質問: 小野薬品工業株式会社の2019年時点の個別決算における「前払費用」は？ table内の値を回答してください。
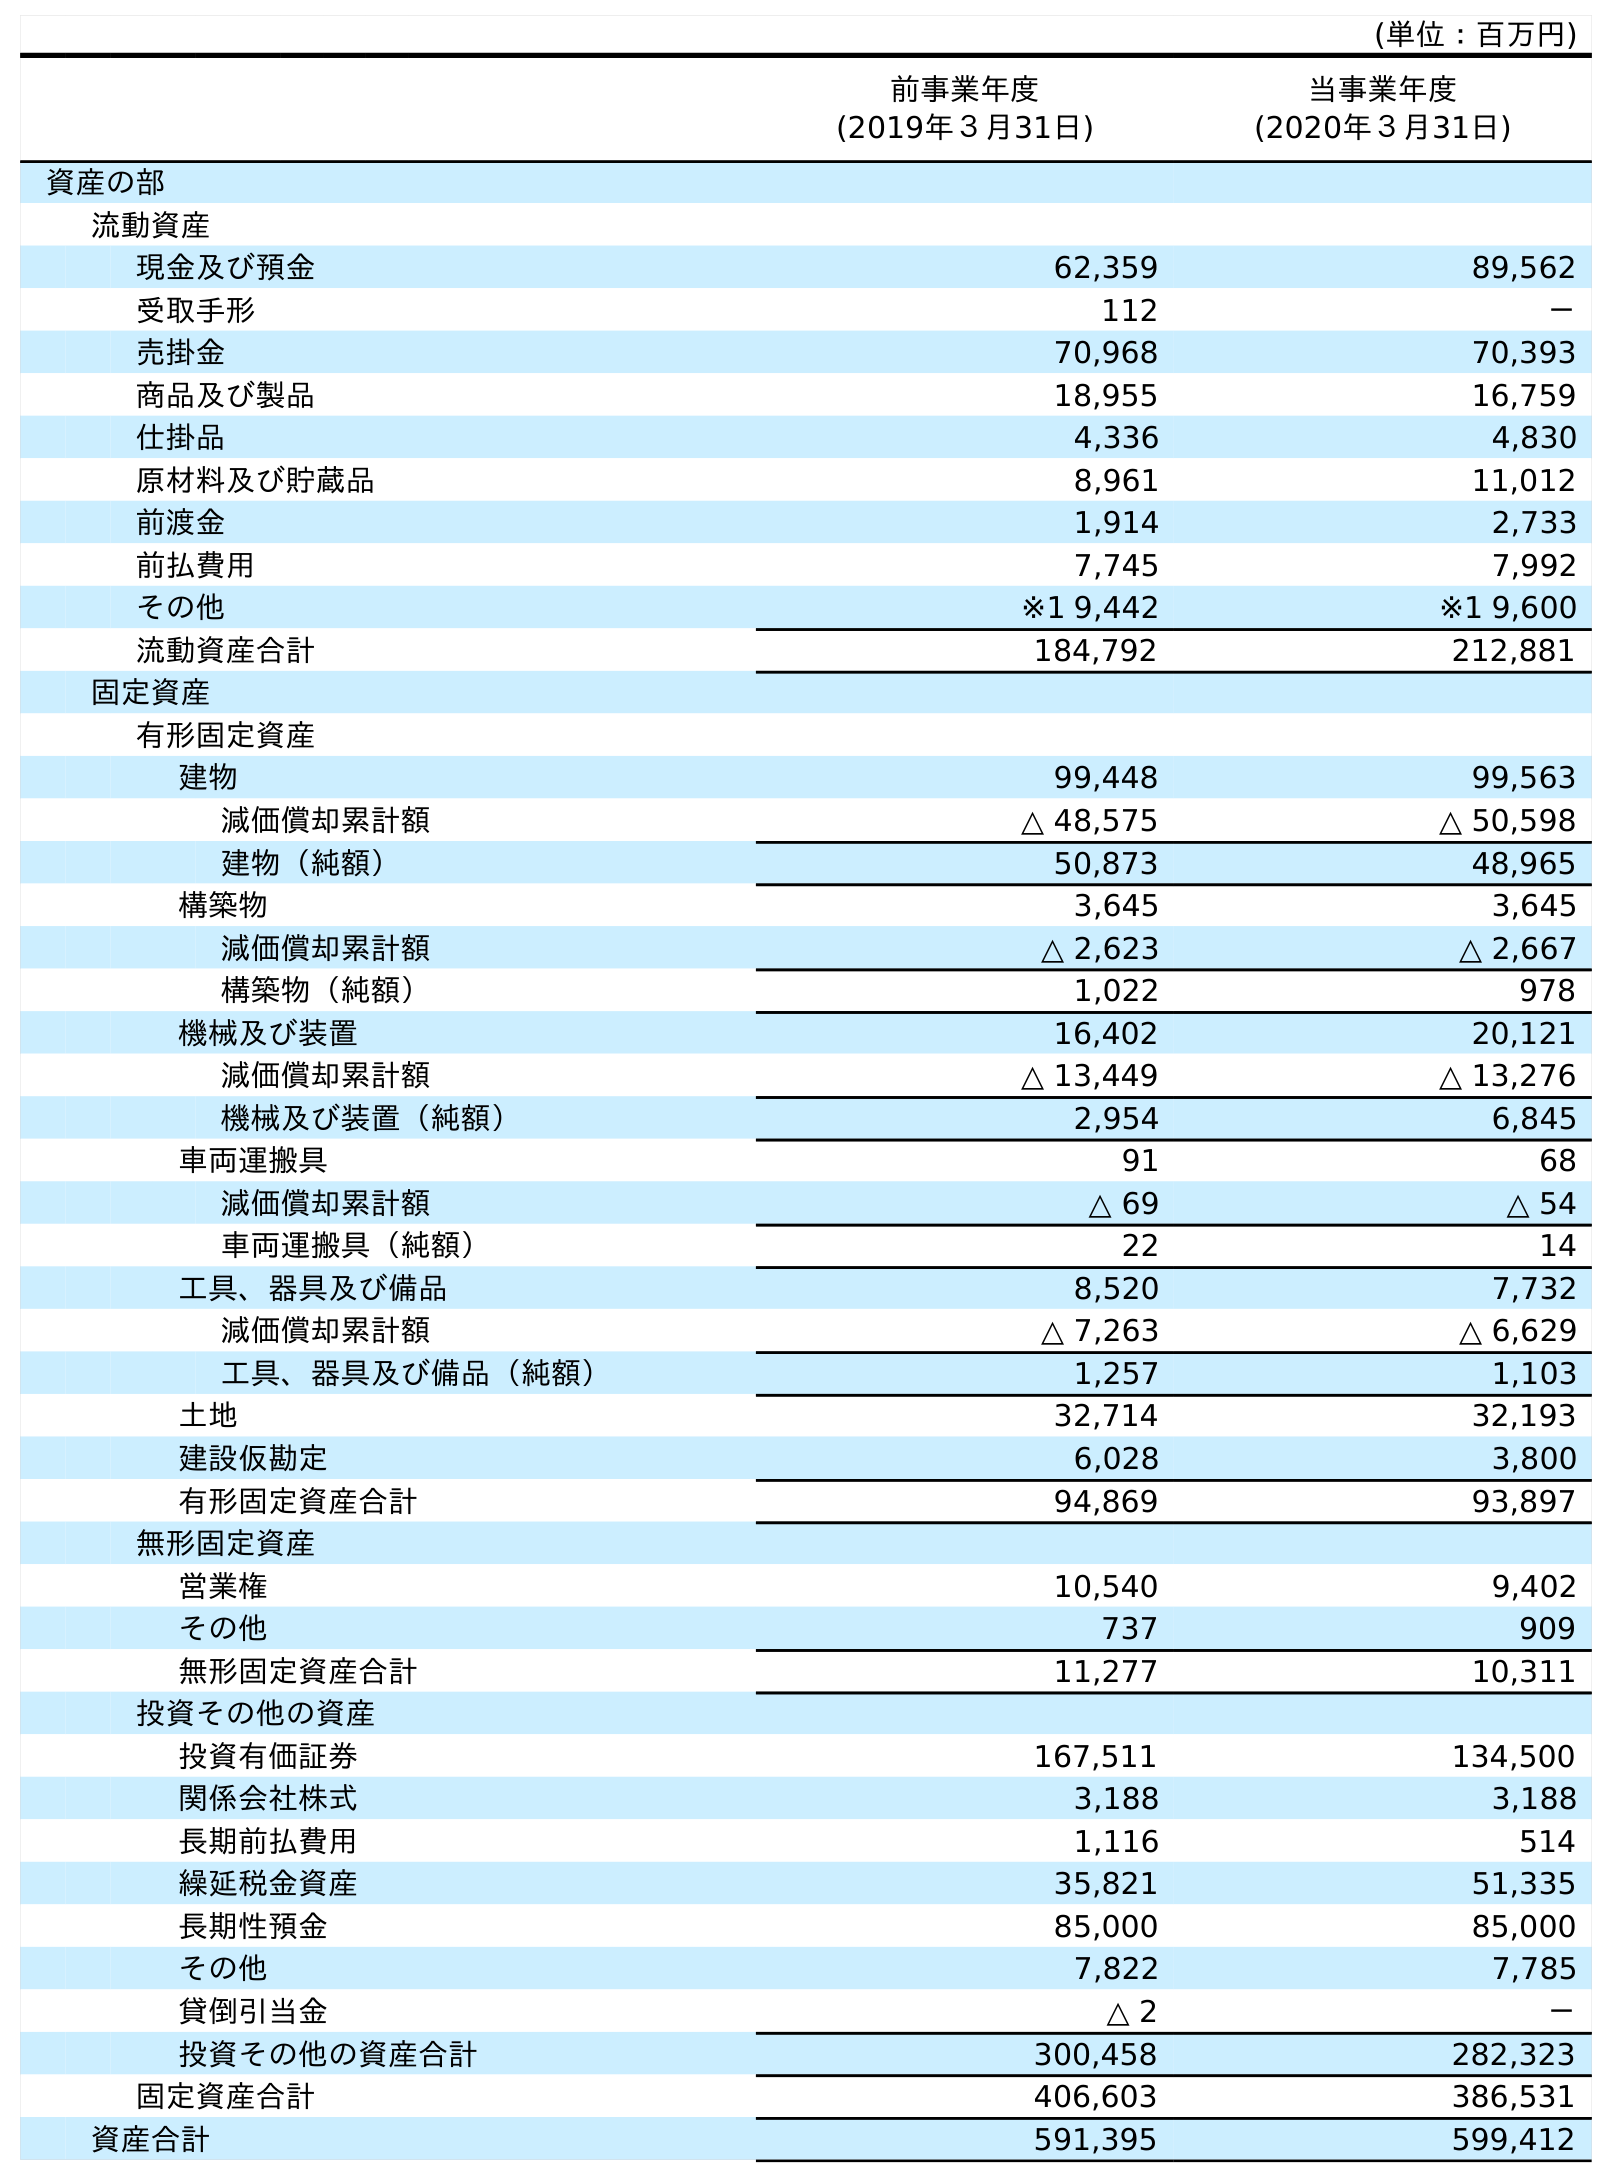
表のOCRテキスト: (単位：百万円) 前事業年度 (2019年３月31日) 当事業年度 (2020年３月31日) 資産の部 流動資産 現金及び預金 62,359 89,562 受取手形 112 － 売掛金 70,968 70,393 商品及び製品 18,955 16,759 仕掛品 4,336 4,830 原材料及び貯蔵品 8,961 11,012 前渡金 1,914 2,733 前払費用 7,745 7,992 その他 ※1 9,442 ※1 9,600 流動資産合計 184,792 212,881 固定資産 有形固定資産 建物 99,448 99,563 減価償却累計額 △ 48,575 △ 50,598 建物（純額） 50,873 48,965 構築物 3,645 3,645 減価償却累計額 △ 2,623 △ 2,667 構築物（純額） 1,022 978 機械及び装置 16,402 20,121 減価償却累計額 △ 13,449 △ 13,276 機械及び装置（純額） 2,954 6,845 車両運搬具 91 68 減価償却累計額 △ 69 △ 54 車両運搬具（純額） 22 14 工具、器具及び備品 8,520 7,732 減価償却累計額 △ 7,263 △ 6,629 工具、器具及び備品（純額） 1,257 1,103 土地 32,714 32,193 建設仮勘定 6,028 3,800 有形固定資産合計 94,869 93,897 無形固定資産 営業権 10,540 9,402 その他 737 909 無形固定資産合計 11,277 10,311 投資その他の資産 投資有価証券 167,511 134,500 関係会社株式 3,188 3,188 長期前払費用 1,116 514 繰延税金資産 35,821 51,335 長期性預金 85,000 85,000 その他 7,822 7,785 貸倒引当金 △ 2 － 投資その他の資産合計 300,458 282,323 固定資産合計 406,603 386,531 資産合計 591,395 599,412
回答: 7,745